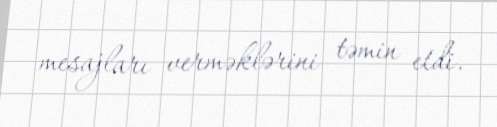
mesajları verməklərini təmin etdi.